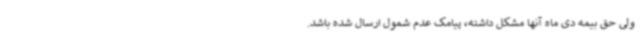
ولی حق بیمه دی ماه آنها مشکل داشته، پیامک عدم شمول ارسال شده باشد.